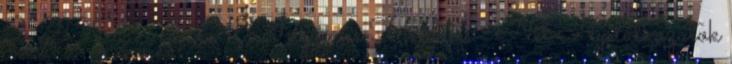
2 2008 - 2018 Ingyenes Hirdetés . Net Nyilatkozatok